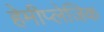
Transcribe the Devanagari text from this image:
हेमीप्लेजिक